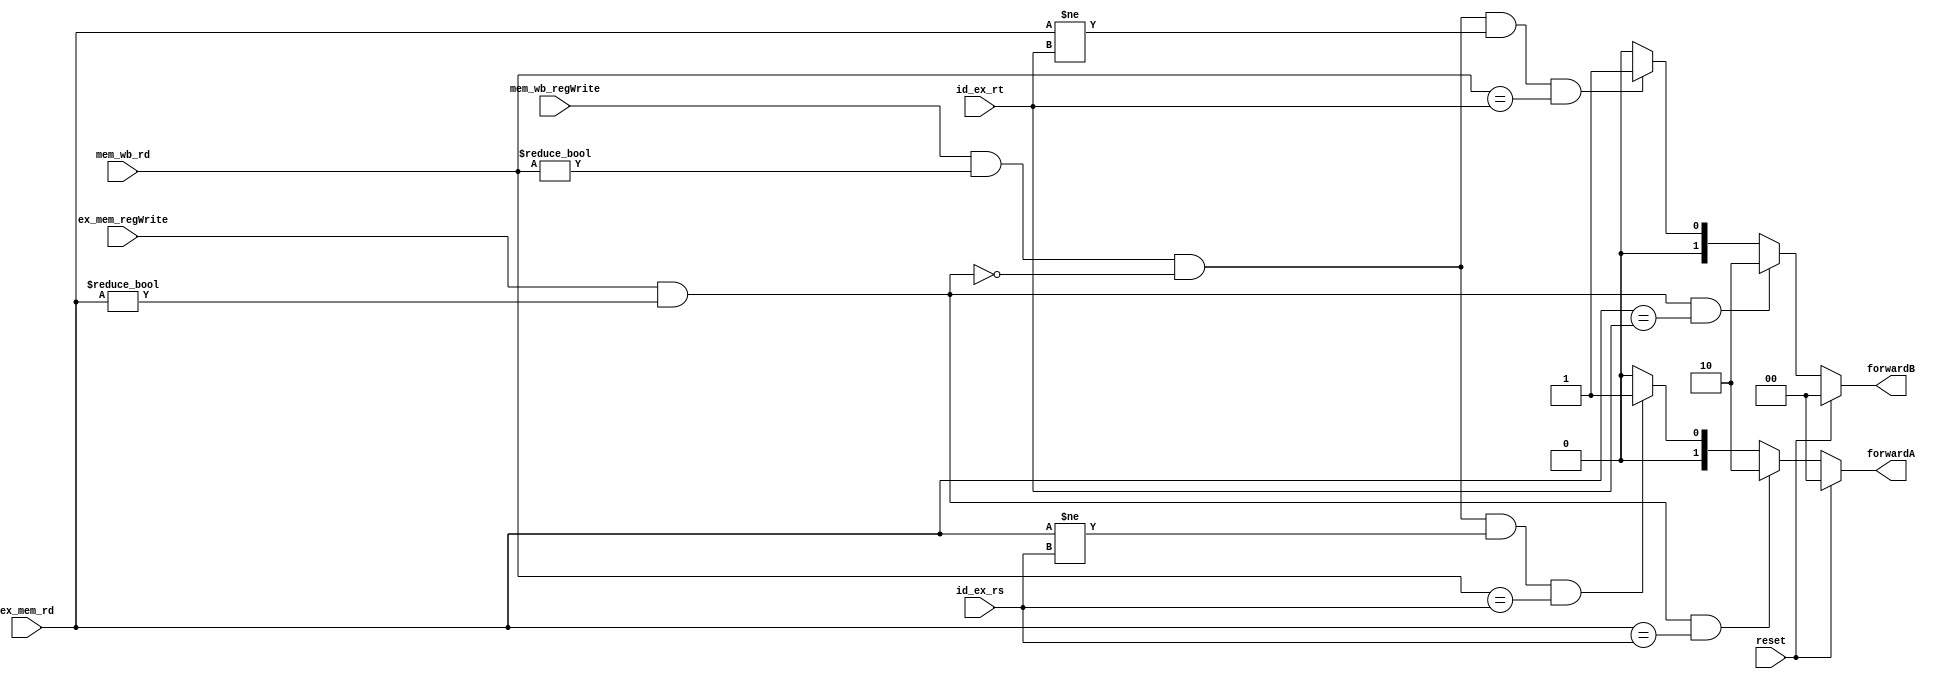
// PIPELINED
// Forwarding Unity

module forwarding_unity (reset, id_ex_rs, id_ex_rt, ex_mem_rd, mem_wb_rd, ex_mem_regWrite, mem_wb_regWrite, forwardA, forwardB);

    // Input wires;
    input reset;
    input [4:0] id_ex_rs; // ID/EX.RegisterRs;
    input [4:0] id_ex_rt; // MEM/WB.RegisterRt;
    input [4:0] ex_mem_rd; // EX/MEM.RegisterRd;
    input [4:0] mem_wb_rd; // MEM/WB.RegisterRd;
    input ex_mem_regWrite; // EX/MEM.RegWrite (WB[1]);
    input mem_wb_regWrite; // MEM/WB.RegWrite (WB(1));

    // Output regs;
    output reg [1:0] forwardA, forwardB;

    // Resolve hazards via forwarding:

    // Checking for hazards: EX Hazard
    always @ (*) begin
        if (reset) begin
            forwardA = 2'b0;
        end
        else begin
            if (ex_mem_regWrite && (ex_mem_rd != 0) && (ex_mem_rd == id_ex_rs))
                forwardA = 2'b10;

            else if (mem_wb_regWrite && (mem_wb_rd != 0) && !(ex_mem_regWrite && (ex_mem_rd != 0)) && (ex_mem_rd != id_ex_rs) && (mem_wb_rd == id_ex_rs))
                forwardA = 2'b01;

            else
                forwardA = 2'b00;
        end
    end

    // Checking for hazards: MEM Hazard
    always @ (*) begin
        if (reset) begin
            forwardB = 2'b0;
        end
        else begin
            if (ex_mem_regWrite && (ex_mem_rd != 0) && (ex_mem_rd == id_ex_rt))
                forwardB = 2'b10;

            else if (mem_wb_regWrite && (mem_wb_rd != 0) && !(ex_mem_regWrite && (ex_mem_rd != 0)) && (ex_mem_rd != id_ex_rt) && (mem_wb_rd == id_ex_rt))
                forwardB = 2'b01;

            else
                forwardB = 2'b00;
        end
    end
endmodule